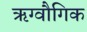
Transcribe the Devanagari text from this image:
ऋग्वौगिक